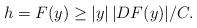
LaTeX: \begin{align*}h=F(y) \ge |y|\, |DF(y)|/C.\end{align*}